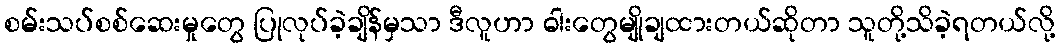
စမ်းသပ်စစ်ဆေးမှုတွေ ပြုလုပ်ခဲ့ချိန်မှသာ ဒီလူဟာ ဓါးတွေမျိုချထားတယ်ဆိုတာ သူတို့သိခဲ့ရတယ်လို့